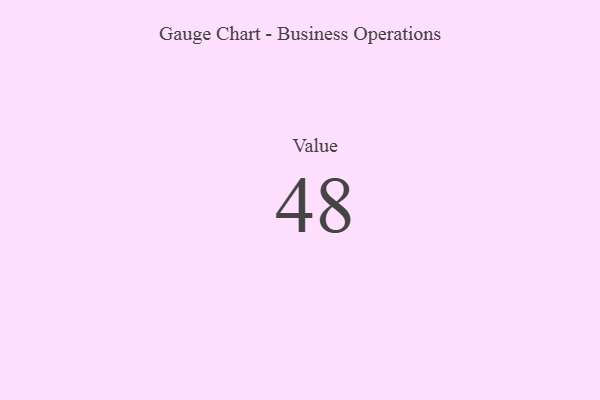
{"axis": {"x": "Metric", "y": "Value"}, "legend": [""], "data": [{"x": "Value", "y": 48, "type": ""}]}